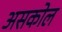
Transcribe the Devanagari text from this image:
असकोल